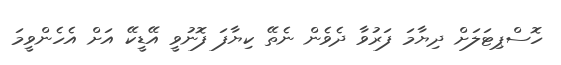
ހޮސްޕިޓަލަށް ދިޔާމަ ފަރުވާ ދެވެން ނެތޭ ކިޔާފަ ފޮނުވީ އޭޑީކޭ އަށް އެހެންވީމަ